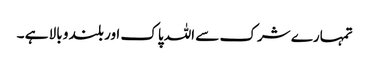
تمہارے شرک سے اللہ پاک اور بلند و بالا ہے ۔